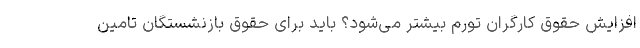
افزایش حقوق کارگران تورم بیشتر می‌شود؟ باید برای حقوق بازنشستگان تامین